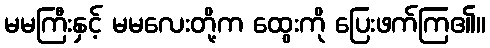
မမကြီးနှင့် မမလေးတို့က ထွေးကို ပြေးဖက်ကြ၏။